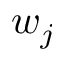
w _ { j }